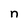
Character: n